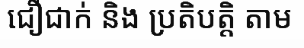
ជឿជាក់ និង ប្រតិបត្តិ តាម